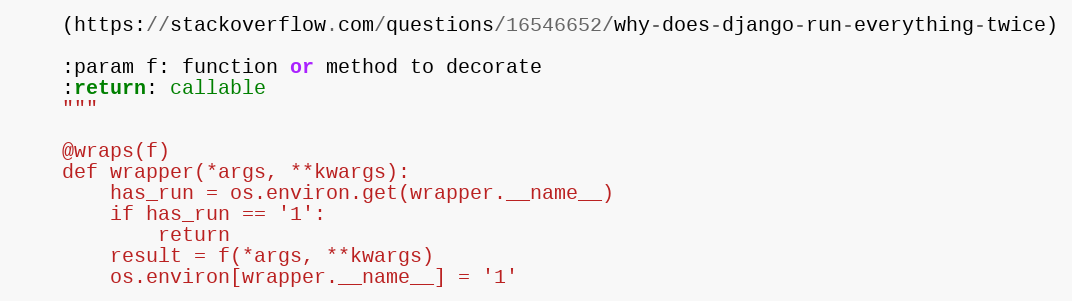
Language: Python
    (https://stackoverflow.com/questions/16546652/why-does-django-run-everything-twice)

    :param f: function or method to decorate
    :return: callable
    """

    @wraps(f)
    def wrapper(*args, **kwargs):
        has_run = os.environ.get(wrapper.__name__)
        if has_run == '1':
            return
        result = f(*args, **kwargs)
        os.environ[wrapper.__name__] = '1'